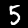
Label: 5